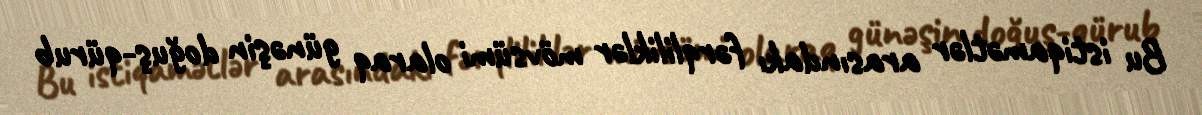
Bu istiqamətlər arasındakı fərqliliklər mövsümi olaraq günəşin doğuş-qürub